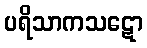
ပရိသာကသဋော